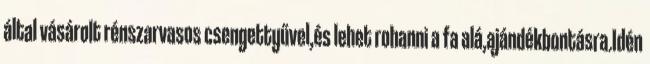
által vásárolt rénszarvasos csengettyűvel,és lehet rohanni a fa alá,ajándékbontásra.Idén